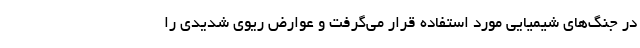
در جنگ‌های شیمیایی مورد استفاده قرار می‌گرفت و عوارض ریوی شدیدی را